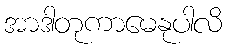
အာဒါတုကာမေနုပါလိ